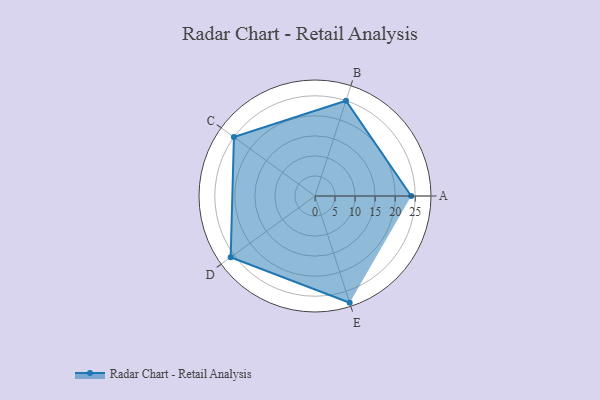
{"axis": {"x": "Skill", "y": "Score"}, "legend": ["Profile"], "data": [{"x": "A", "y": 24.0, "type": "Profile"}, {"x": "B", "y": 25.0, "type": "Profile"}, {"x": "C", "y": 25.0, "type": "Profile"}, {"x": "D", "y": 26.0, "type": "Profile"}, {"x": "E", "y": 28.0, "type": "Profile"}]}